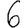
Digit: 6